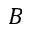
B